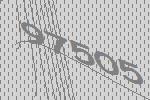
97505